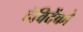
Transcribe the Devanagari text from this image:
देविदेंको